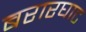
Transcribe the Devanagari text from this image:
बरारघाट